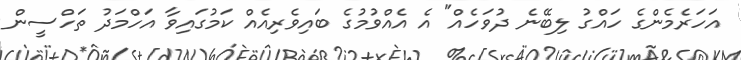
އަހަރެމެންގެ ހައްގު ލިބޭނެ ދުވަހެއް" އެ އެއްވުމުގެ ބައިވެރިއެއް ކަމުގައިވާ އަހްމަދު ތަހްސީން